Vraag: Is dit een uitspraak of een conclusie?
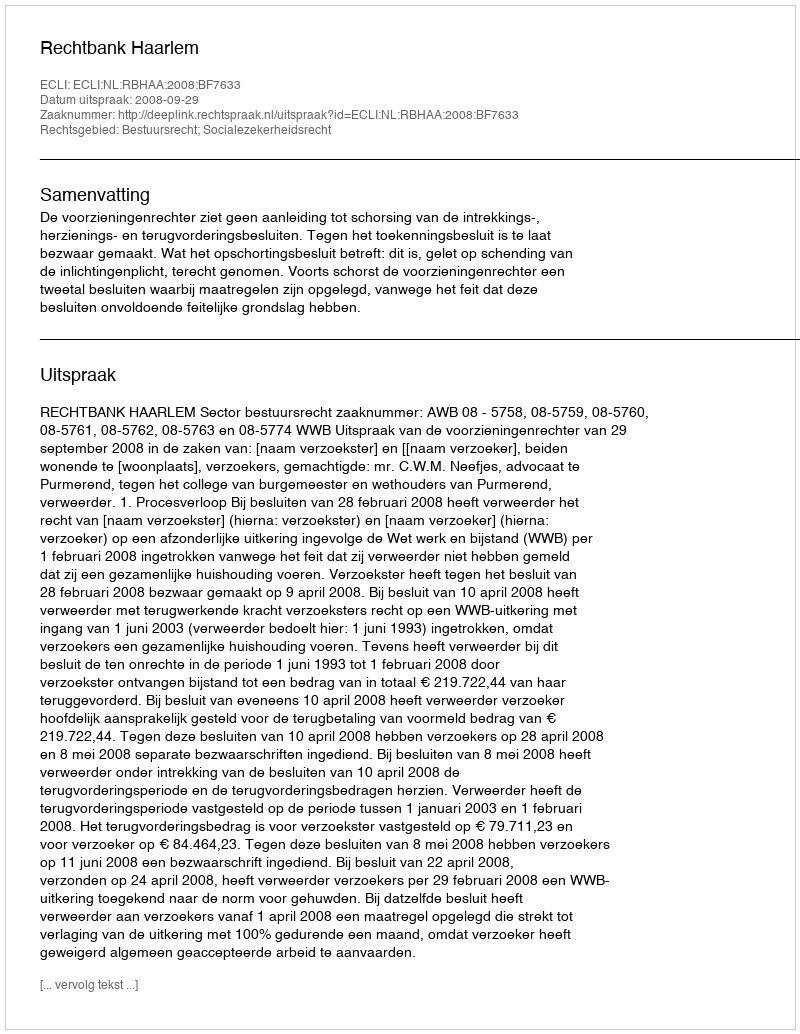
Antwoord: Uitspraak